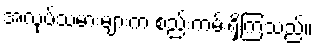
အလုပ်သမားများက စည်းကမ်းရှိကြသည်။